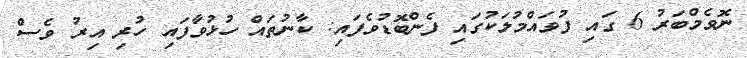
ނޮވެމްބަރު 6 ގައި ފުވައްމުލަކުގައި ފެންބޮޑުވެފައި: ކާނުތައް ހުޅުވާފައި ހުރި އިރު ވެސް